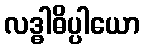
လဒ္ဓါဓိပ္ပါယော